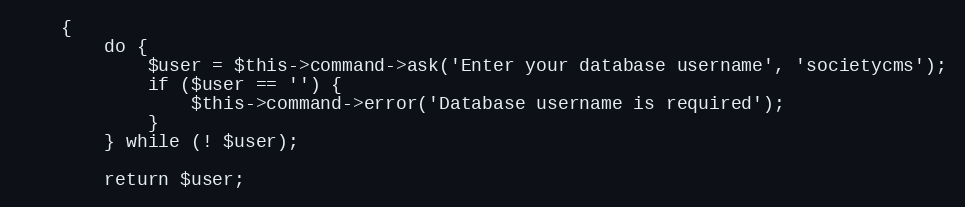
Language: PHP
    {
        do {
            $user = $this->command->ask('Enter your database username', 'societycms');
            if ($user == '') {
                $this->command->error('Database username is required');
            }
        } while (! $user);

        return $user;